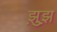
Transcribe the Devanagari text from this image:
झ़ुझ़